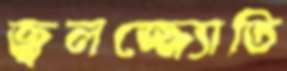
জ্বলজ্জ্যোতি